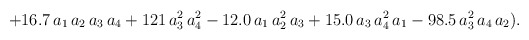
\begin{align*}+16.7\,a_1 \,a_2 \,a_3\,a_4 + 121\,a_3^2\,a_4^2 -12.0\,a_1 \,a_2^2\,a_3+15.0\,a_3 \,a_4^2\,a_1 -98.5\,a_3^2\,a_4 \,a_2).\end{align*}